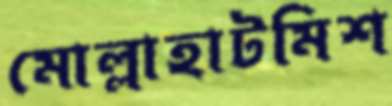
মোল্লাহাটমিশ